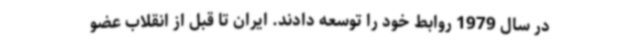
در سال 1979 روابط خود را توسعه دادند. ایران تا قبل از انقلاب عضو